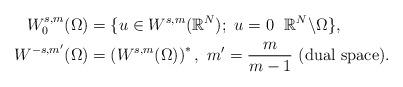
LaTeX: \begin{align*}W^{s,m}_{0}(\Omega) &= \{u \in W^{s,m}(\mathbb{R}^N); \,\, u =0 \ \ \mathbb{R}^N\backslash\Omega\},\\W^{-s,m'}(\Omega) &= \left(W^{s,m}(\Omega) \right)^*,\ m'=\frac{m}{m-1}\ (\mbox{dual space}).\end{align*}